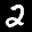
Label: 2